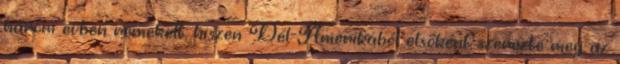
három évben remekelt, hiszen Dél-Amerikából elsőként szerezte meg az